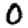
Digit: 0